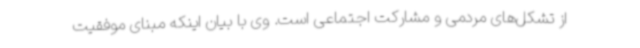
از تشکل‌های مردمی و مشارکت اجتماعی است. وی با بیان اینکه مبنای موفقیت